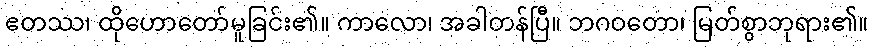
ဧတဿ၊ ထိုဟောတော်မူခြင်း၏။ ကာလော၊ အခါတန်ပြီ။ ဘဂဝတော၊ မြတ်စွာဘုရား၏။